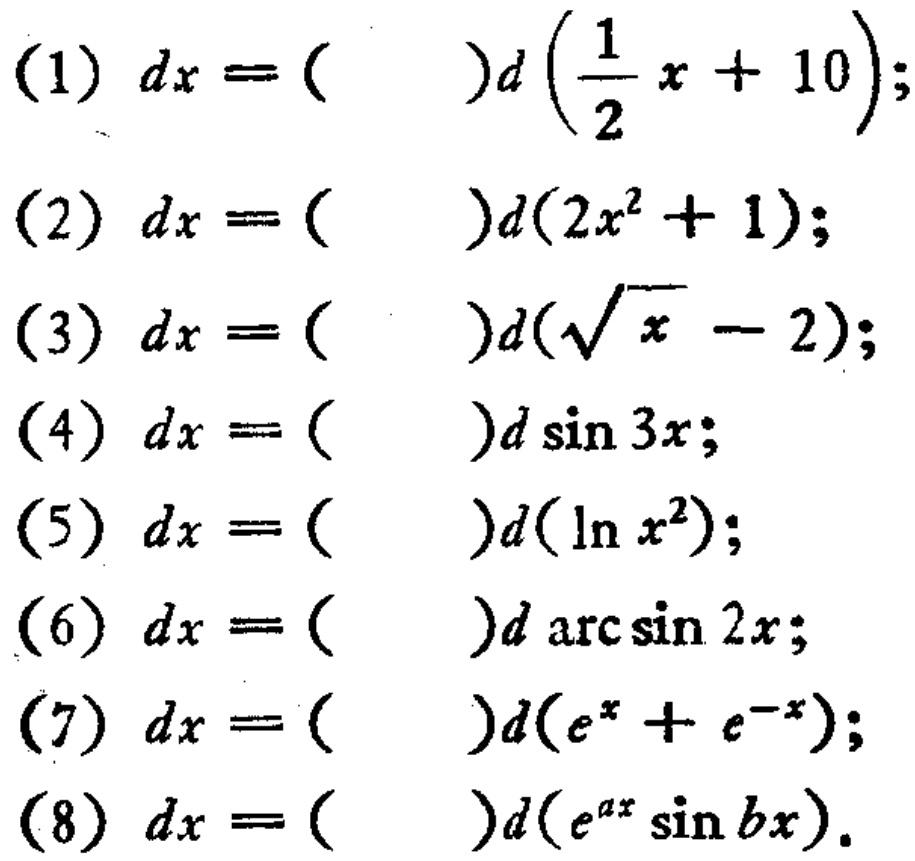
(1) \(dx = (\quad)d\left(\frac{1}{2}x + 10\right);\)
(2) \(dx = (\quad)d(2x^{2}+1);\)
(3) \(dx = (\quad)d(\sqrt{x}-2);\)
(4) \(dx = (\quad)d\sin 3x;\)
(5) \(dx = (\quad)d(\ln x^{2});\)
(6) \(dx = (\quad)d\arcsin 2x;\)
(7) \(dx = (\quad)d(e^{x}+e^{-x});\)
(8) \(dx = (\quad)d(e^{ax}\sin bx).\)